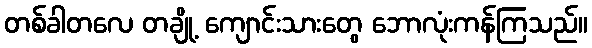
တစ်ခါတလေ တချို့ ကျောင်းသားတွေ ဘောလုံးကန်ကြသည်။